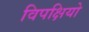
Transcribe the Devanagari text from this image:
विपक्षियो